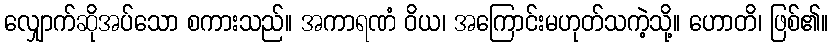
လျှောက်ဆိုအပ်သော စကားသည်။ အကာရဏံ ဝိယ၊ အကြောင်းမဟုတ်သကဲ့သို့။ ဟောတိ၊ ဖြစ်၏။